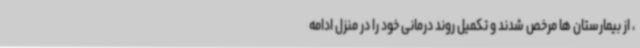
، از بیمارستان ها مرخص شدند و تکمیل روند درمانی خود را در منزل ادامه